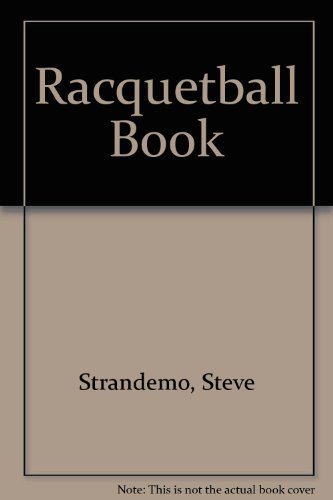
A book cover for Racquetball Book; Strandemo; Sports & Outdoors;